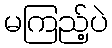
မကြည့်ပဲ